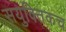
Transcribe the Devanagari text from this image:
सयुक्तिकच